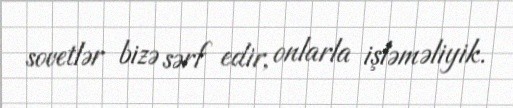
sovetlər bizə sərf edir, onlarla işləməliyik.